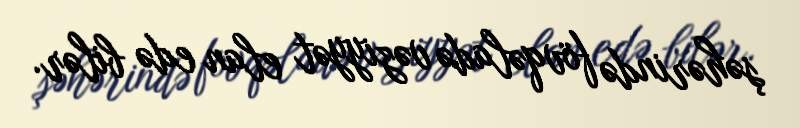
şəhərində fövqəladə vəziyyət elan edə bilər.